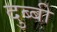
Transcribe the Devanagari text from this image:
दुब्बी